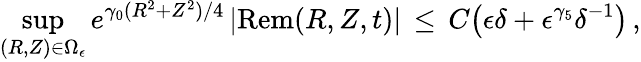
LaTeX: \operatorname*{sup}_{(R,Z)\in\Omega_{\epsilon}}e^{\gamma_{0}(R^{2}+Z^{2})/4}\, |\mathrm{Rem}(R,Z,t)|\, \le\, C\bigl(\epsilon\delta+\epsilon^{\gamma_{5}}\delta^{-1}\bigr)\, ,